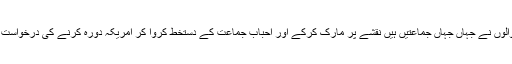
امریکہ والوں نے جہاں جہاں جماعتیں ہیں نقشے پر مارک کرکے اور احبابِ جماعت کے دستخط کروا کر امریکہ دورہ کرنے کی درخواست کی ہے۔